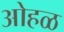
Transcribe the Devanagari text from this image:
ओहळ